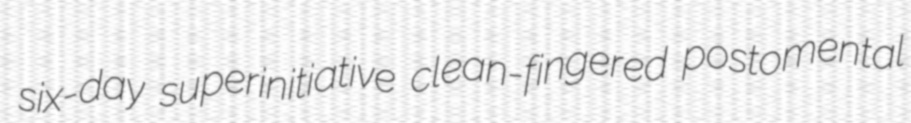
six-day superinitiative clean-fingered postomental